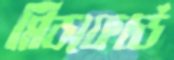
মিডফোর্ড